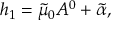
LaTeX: h _ { 1 } = \tilde { \mu } _ { 0 } A ^ { 0 } + \tilde { \alpha } ,